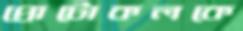
প্রোটোকলকে